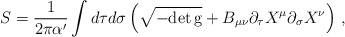
\begin{align*}S = \frac{1}{2\pi \alpha^\prime} \int d\tau d\sigma \left( \sqrt{-\rm{det}\, g} + B_{\mu \nu} \partial_\tau X^\mu \partial_\sigma X^\nu \right)\,,\end{align*}